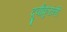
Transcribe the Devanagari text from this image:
दुर्वांकुरांनी